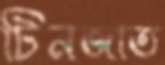
টিনজাত